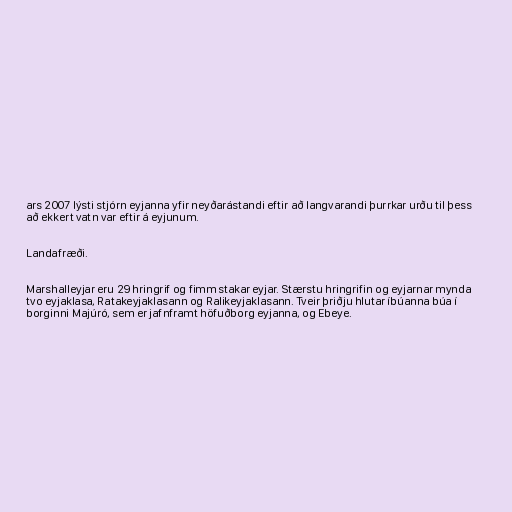
ars 2007 lýsti stjórn eyjanna yfir neyðarástandi eftir að langvarandi þurrkar urðu til þess
að ekkert vatn var eftir á eyjunum.

Landafræði.

Marshalleyjar eru 29 hringrif og fimm stakar eyjar. Stærstu hringrifin og eyjarnar mynda
tvo eyjaklasa, Ratakeyjaklasann og Ralikeyjaklasann. Tveir þriðju hlutar íbúanna búa í
borginni Majúró, sem er jafnframt höfuðborg eyjanna, og Ebeye.